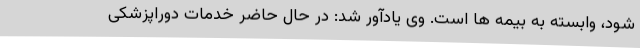
شود، وابسته به بیمه ها است. وی یادآور شد: در حال حاضر خدمات دوراپزشکی